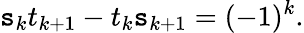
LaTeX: \mathtt{s}_{k}t_{k+1}-t_{k}\mathtt{s}_{k+1}=(-1)^{k}.